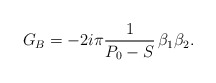
\begin{align*}G_B=-2i\pi {1\over P_0-S}\,\beta_1\beta_2.\, \end{align*}